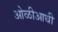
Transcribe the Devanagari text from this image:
ओळीआधी